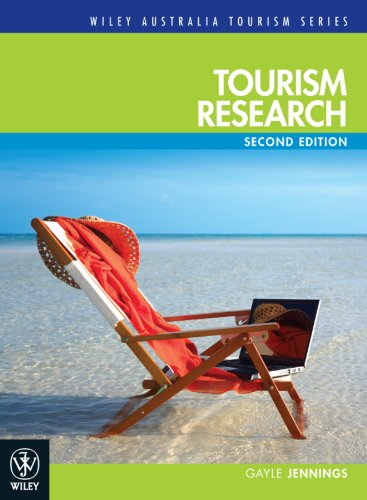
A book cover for Tourism Research (Wiley Australia Tourism); Gayle Jennings; Travel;